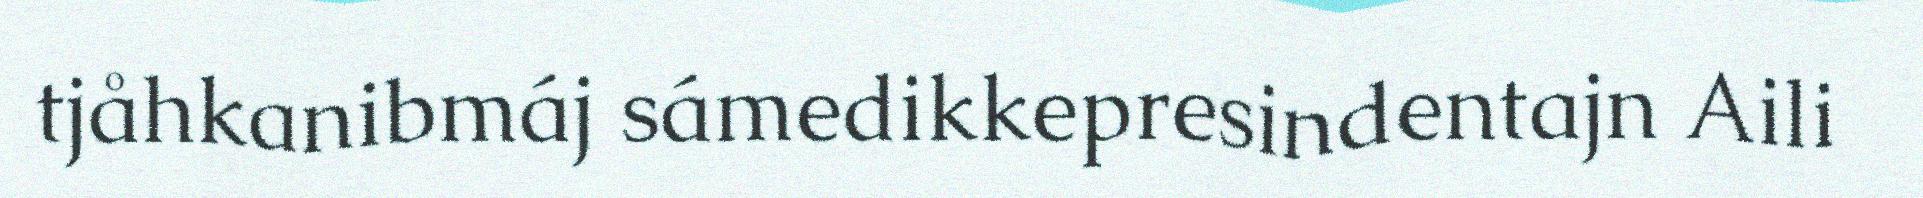
tjåhkanibmáj sámedikkepresindentajn Aili